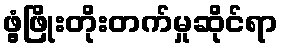
ဖွံ့ဖြိုးတိုးတက်မှုဆိုင်ရာ